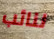
لنائب